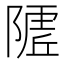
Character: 𱀭